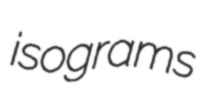
isograms